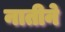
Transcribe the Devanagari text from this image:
नातीने